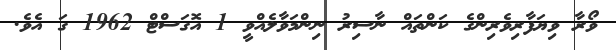
ވޯރާ ވިޔަފާރިވެރިންގެ ކަންތައް ނާސިރު ނިންމަވާލެއްވީ 1 އޮގަސްޓް 1962 ގަ އެވެ.